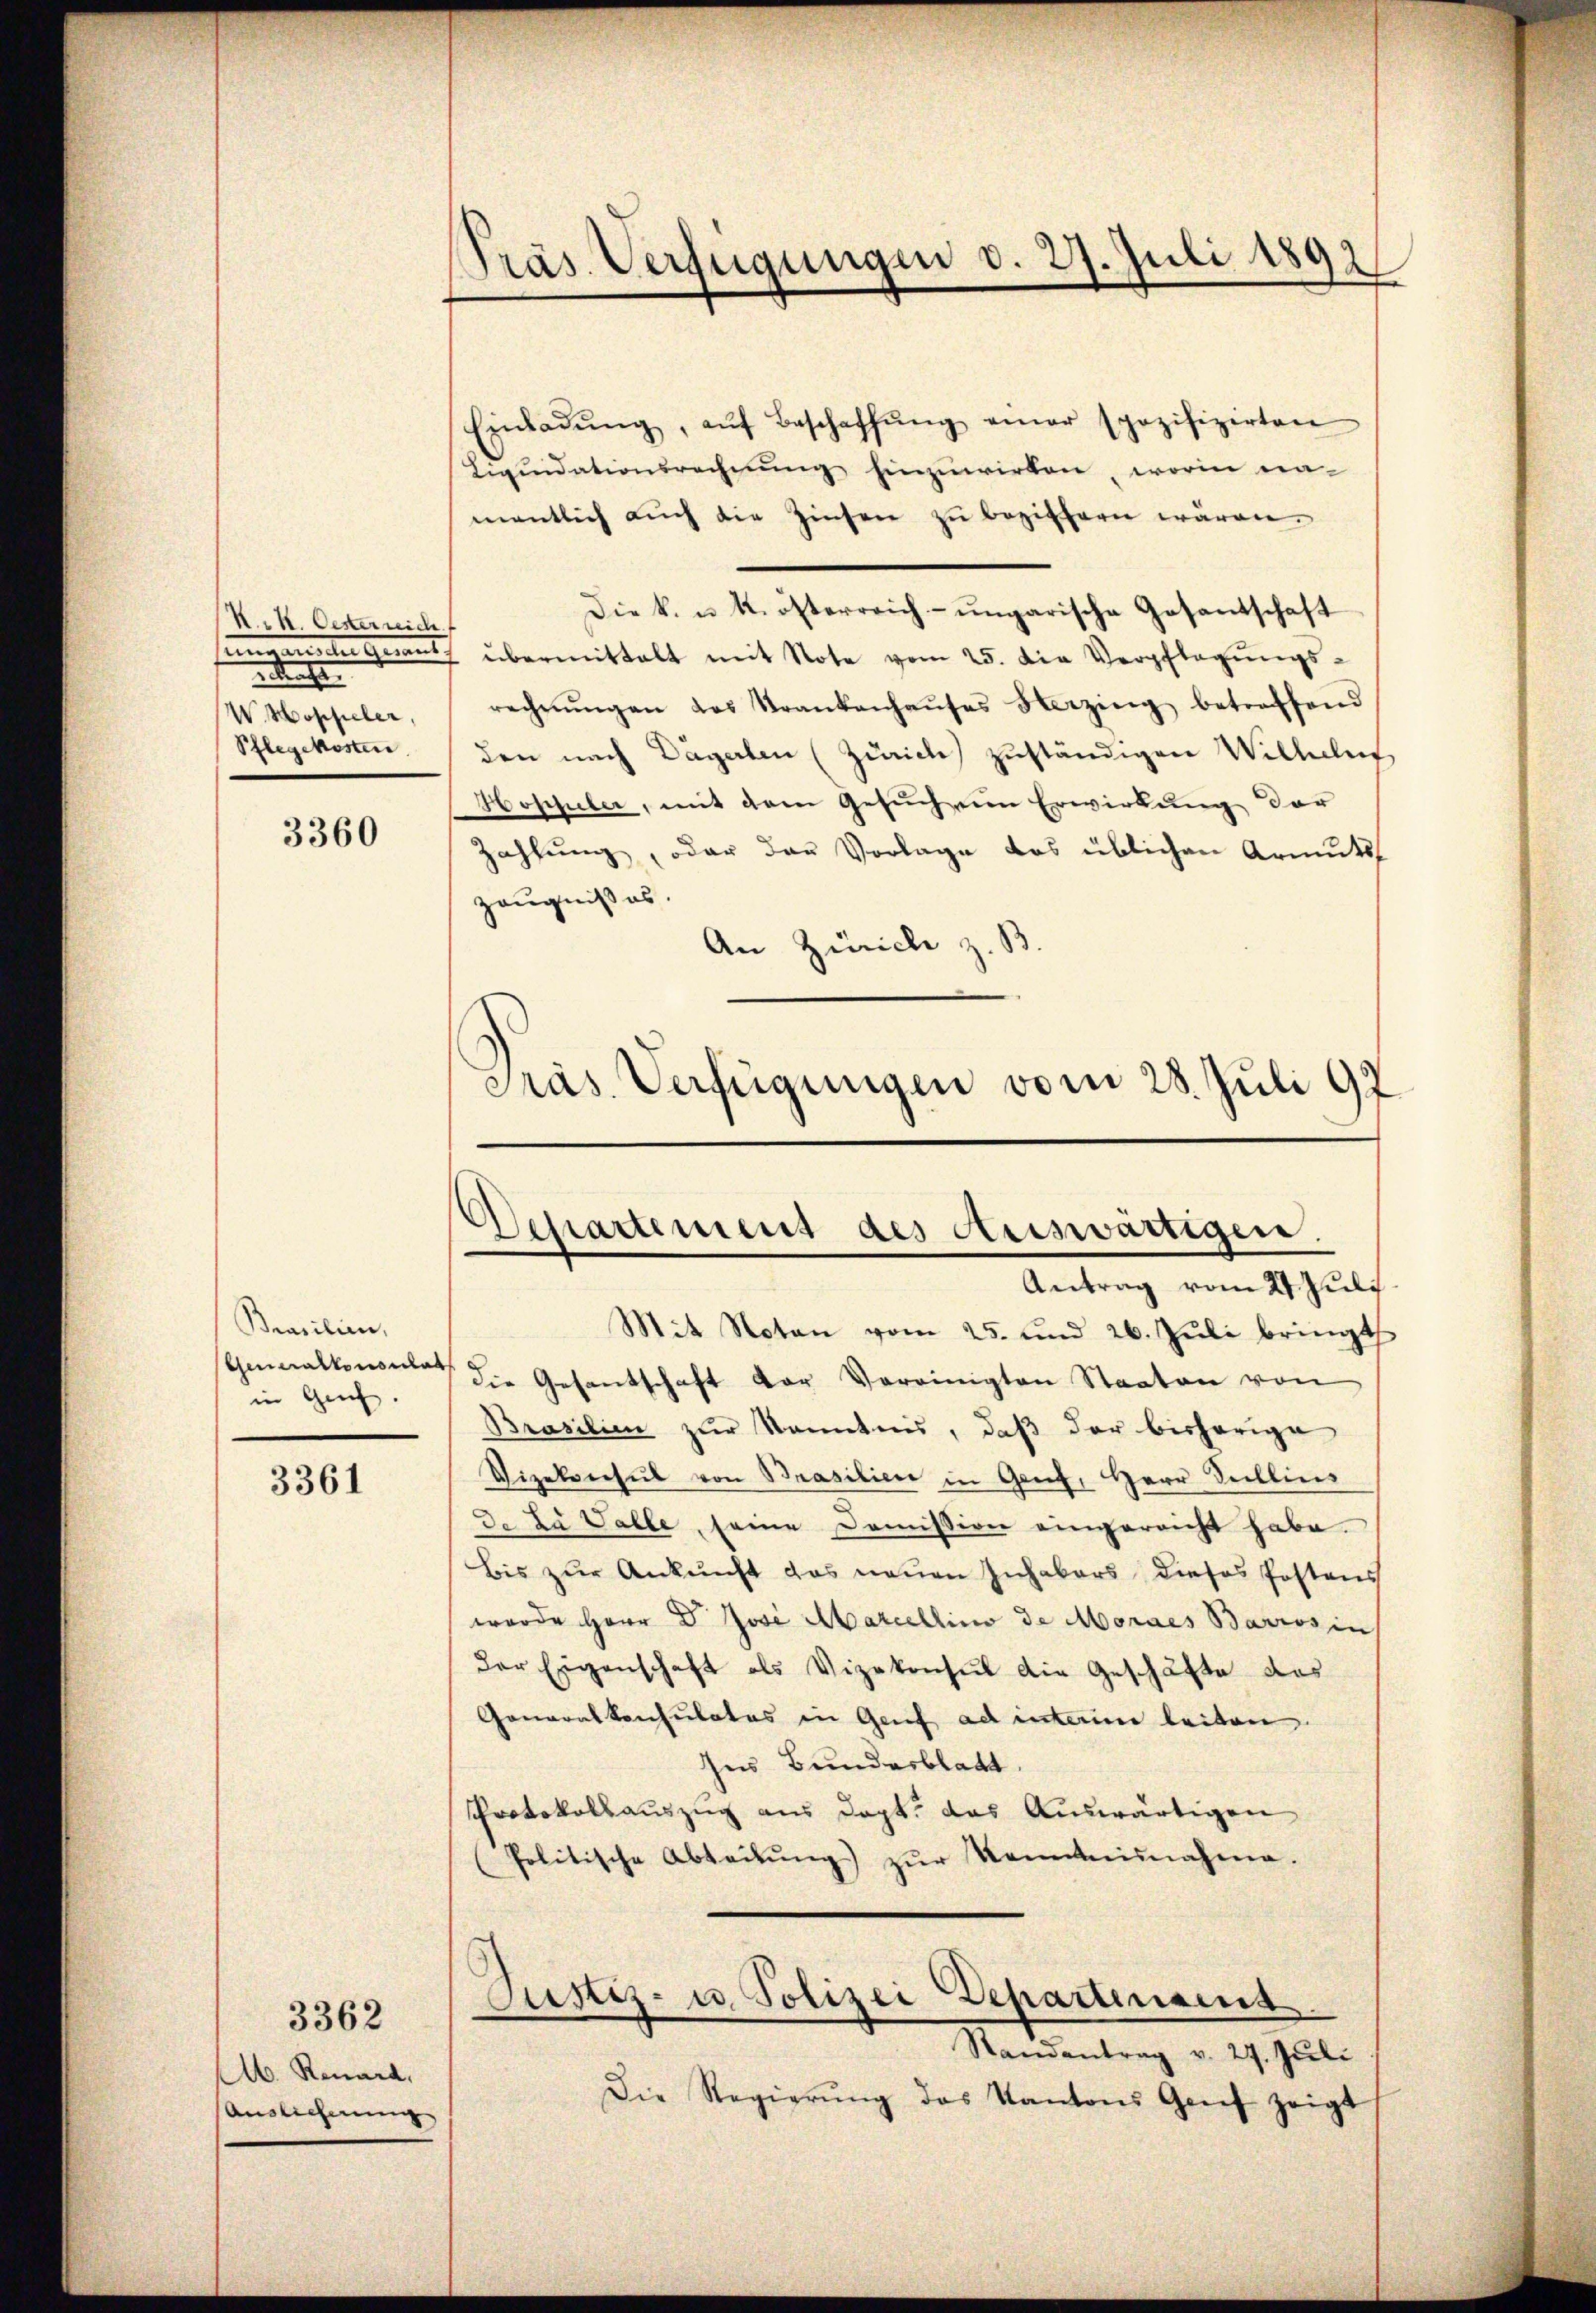
K. K. Oesterreich
e
W. Hoppeler,
Pflegekosten

3360

Brasilien,
Generalkonsulat
in Genf.

3361

b. Renard,
Auslicherung

3362

Präs. Verfügungen d. 27. Juli 1891

Einladŭng, aŭf Beschaffŭng einer spozifizirten
Liquidationsrechnung hinzuwirken, worin namentlich aŭch die Zinsen zŭ beziffern wären.
Die k. u. k. österreich ungarische Gesantschaft
de geraus übermittelt mit Note vom 25. die Verpflegŭngs-
rechnŭngen das Krankenhaŭses Verzing betreffend
den nach Dägerten (Zürich zuständigen Wilhelms
Hoppeler, mit dem Gesuch ein Erwirkung der
Zahlung, oder das Vorlage das üblichen Armuts
zeugniß es.
An Zürich z. B.
Präs. Verfügungen vom 28. Juli 97.

Departement des Auswärtigen.
Antrag vom 27. Juli.

Mit Noten vom 25. und 26. Juli bringt
die Gesantschaft der Vereinigten Staaten von
Brasilien zur Kenntnis, daß der bisherige
Vizekonsul von Brasilien in Genf, Herr Sullins
de zu Valle, seine Domission eingereicht habe.
Bis zur Ankunft das neuen Inhabers dieses Postens
wurde Herr Dr. Jose Marcellino de Mordes Barros in
der Eigenschaft als Vizekonsul die Geschäfte das
Generalkonsulates in Genf ad interime leiten.
Ins Bundesblatt,
Protokollauszug aus Dopt. das Auswärtigen
(Politische Abteilŭng zŭr Kenntnisnahme.

Randantrag v. 27. Juli
Die Regierŭng des Kantons Grief zeigt

Justiz- u. Polizei Departenannt